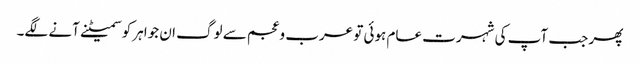
پھر جب آپ کی شہرت عام ہوئی تو عرب وعجم سے لوگ ان جواہر کو سمیٹنے آنے لگے۔